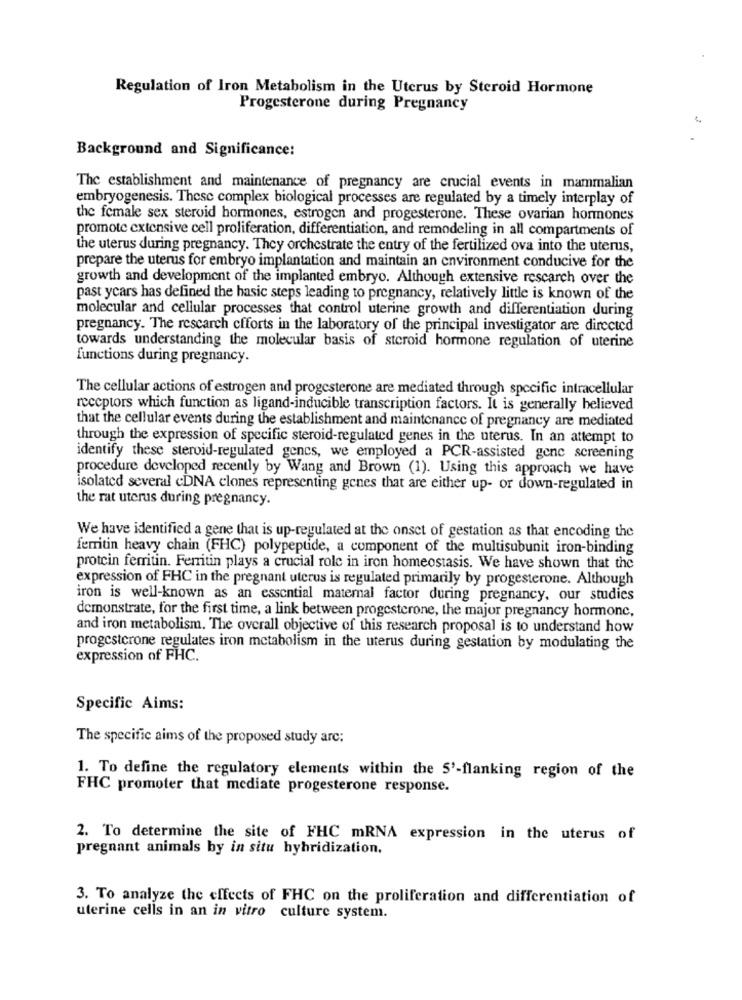
Regulation of Iron Metabolism in the Uterus by Steroid Hormone
Progesterone during Pregnancy
Background and Significance:
The establishment and maintenance of pregnancy are crucial events in mammalian
embryogenesis. These complex biological processes are regulated by a timely interplay of
the female sex steroid hormones, estrogen and progesterone. These ovarian hormones
promote extensive cell proliferation, differentiation, and remodeling in all compartments of
the uterus during pregnancy. They orchestrate the entry of the fertilized ova into the uterus,
prepare the uterus for embryo implantation and maintain an environment conducive for the
growth and development of the implanted embryo. Although extensive rescarch over the
past ycars has defined the basic steps leading to pregnancy, relatively little is known of the
molecular and cellular processes that control uterine growth and differentiation during
pregnancy. The rescarch efforts in the laboratory of the principal investigator are directed
towards understanding the molecular basis of steroid hormone regulation of uterine
functions during pregnancy.
The cellular actions of estrogen and progesterone are mediated through specific intracellular
receptors which function as ligand-inducible transcription factors. It is generally believed
that the cellular events during the establishment and maintenance of pregnancy are mediated
through the expression of specific steroid-regulated genes in the uterus. In an attempt to
identify these steroid-regulated gencs, we employed a PCR-assisted gene screening
procedure developed recently by Wang and Brown (1). Using this approach we have
isolated several cDNA clones representing genes that are either up- or down-regulated in
the rat uterus during pregnancy.
We have identified a gene that is up-regulated at the onset of gestation as that encoding the
ferritin heavy chain (FHC) polypeptide, a component of the multisubunit iron-binding
protein ferritin. Ferritin plays a crucial role in iron homeostasis. We have shown that the
expression of FHC in the pregnant uterus is regulated primarily by progesterone. Although
iron is well-known as an essential maternal factor during pregnancy, our studies
demonstrate, for the first time, a link between progesterone, the major pregnancy hormonc,
and iron metabolism. The overall objective of this research proposal is to understand how
progesterone regulates iron metabolism in the uterus during gestation by modulating the
expression of FHC.
Specific Aims:
The specific aims of the proposed study arc:
1. To define the regulatory elements within the 5'-flanking region of the
FHC promoter that mediate progesterone response.
2. To determine the site of FHC mRNA expression in the uterus of
pregnant animals by in situ hybridization.
3. To analyze the effects of FHC on the proliferation and differentiation of
uterine cells in an in vitro culture system.